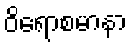
ဝိရောစမာနာ